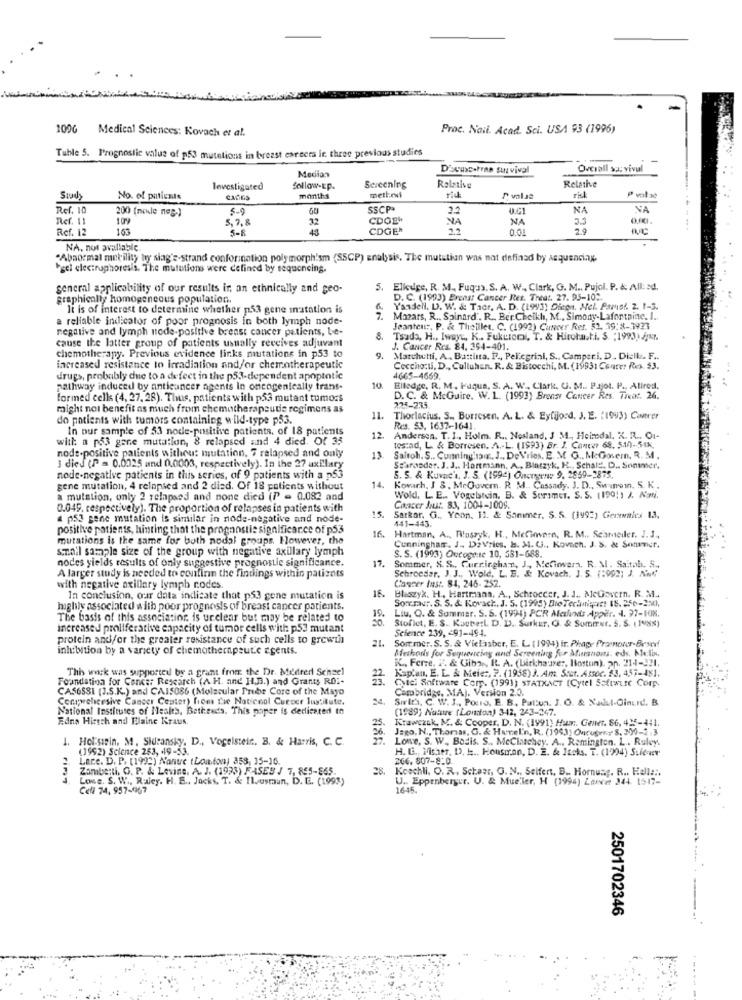
1096
Medical Sciences: Kovach et al.
Proc. Naii. Acad. Sci. USA 93 (1996)
Tuble 5. Prognostic value of p53 mutations in breast careers in three previous studies
Discussotras survival
Overall survival
i-
Median
Relative
Investigated
Sollow-Ep.
Screening
Relative
Study
No. of patients
months
P volat
ris
Ref. 10
200 (mode neg-)
5-9
SSCPª
0.CI
NA
NA
Ref. 11
109
5,7,8
32
CDOEW
NA
NA
3.3
Ref. 12
163
5-8
CDGER
0.01
2,9
NA, not available.
"Abaormal metility hry siag's-strand conformation polymorph'sm (SSCP) analysis. The mutation was not defined by sequencing
hgel electrophoresis. The mutations were defined by sequencing.
general applicability of our results in an ethnically and geo-
5. Elleuge, R. M ., Fuqua. S. A. W ., Clark, G. M .. Pujol. P. &; All: ad.
graphically homogeneous population.
D. C. (1993) Breast Cancer Res. Treat. 27. 95-10 :.
li is of interest to determine whether p53 gene mutation is
6.
Yandell. D. W. & Tadr, A. D. (1993) Dicen. Mel. Pamol. 2. 1-3.
a reliable indicator of poor prognosis in both lymph node-
7. Mazars, R ., Spinard". R ., Ber Cheikh, M ., Simony-Lafortaine. I ..
negative and lymph node-positive breast cancer patients, be-
Jeanten :, P. & Theillet. C. (1992) Cancer Ret. 52. 39:8-7923
cause the latter group of patients usually receives adjuvant
8. Tsada, H ., Iwayt, K .. Fukutool T. & Hirohast.i. S. ; 1993) Jar.
J. Cancer Res. 84, 354-401.
chemotherapy. Previous evidence links mutations in p53 to
9.
Matchutti, A. Battista. R ., Pelicgrini, S .. Camperi. D. Disk. F ..
increased resistance to irradiation and/or chemotherapeutic
Coccho:ui, D ., Culluhen. R. & Bistocchi, M. (19931 Courer Res. $3.
drugs, probably due to a defect in the p53-dependent apoptotic
4665-4669.
pathway induced by anticancer agents In oncogenically trans-
10
Elledge. R. M. Faqua, S. A. W ., Clark. U. M .. Pajot. P ., Atired.
formed cells (4, 27, 28). Thus, patients with p53 mutant tumors
D. C. & McGuire. W.1. (1993) Bronse Cancer Res. Treat. 26.
might not benefit as much from chemotherapeutie regimens as
225-235
do patients with tumors containing wild-type p53.
11.
Thorlacius. S ., Borresen. A. L. & Eyfijosd. J. E. (1993) Conrer
In our sample of 53 node-positive patients, of 18 patients
Res. 53, 1637-1641.
with a p53 gene mutation, 8 relapsed and 4 died. Of 35
12.
Andersen. T. I ., Holm. R ., Nosland, 3 34, Heimdal. X. R .. Ou-
node-positive patients witheu: mutation, 7 relapsed and only
testad, L. & Borresen. A .- L. (1993) Br. J. Conter 68. 510-548,
13
Saltoh. S .. Cumming'saux. J ., De Vries. E. M. G ., McGonem, R. M.
J died (P = 0,0025 and 0.0003, respectively). In the 27 axillary
Staraoder. J. J .. Hartmann, A ., Binczyk. K ., Schale, D .. Sonimer.
node-negative patients in this series, of 9 patients with a p53
5. S. & Kuvac'h, J. S. (1994) Ouceyeni: 9. 2869-2875.
gene mutation, 4 relapsed and 2 died. Of 18 patients without
14.
Kovach, J 3. MrGuvern. R. M .. Cassady. J. D ., Swinwin, S. K .
a mutation, only 2 relapsed and none died (P = 0.082 and
Wold, LE .. Vogelstein, B. & Sprimer. S. S. 1190!) J. Nati.
0.049, respectively). The proportion of relapses in patients with
15
Citacer Ans :. 83, 1004-1009.
4 p53 gene mutation Is similar in node-negative and node-
Sarkar. G ., Yeon. 11. & Sommer, S. S. (1992) Germenles 1.3.
141-443.
positive patients, hinting that the prognostis significance of p53
16.
mutations is the same for both nodal groups. However, the
small sample size of the group with negative axillary lymph
Cunningham. J ., DeVries. B. M. G ., Kovach. J. S. & Sommer.
S. S. (1993) Oucoge:se 10, 581-688.
nodes yields results of only suggestive prognostic significance.
17.
Sommer, S. S ., Curringhan, J ., Mefimvera. R. M. Saitab. S.
Schroeder. J. J ., Wold, L. B. & Kovach. J. S. (:992; J. And
A larger study is needed to confirm the findings within patients
with negative axillary lymph nodes.
Cancer fast. 84, 246- 252.
In conclusion, our data indicate that ps3 gene mutation is
16.
Bleszyx. H ., Hartmann, A ., Schroccer, J. J ., MeGovern. R. M ..
Sommer. S. S. & Kovach, J. 5. (1995) DieTechni :::: 18. 250-21,
highly associated with poor prognosis of breast cancer patients.
19.
Liu, Q. & Sommar. S. S. (1994) PCR Malants Apper. 4. 37-108.
The basis of this associating is urelear but may be related to
Stoflet, E. S. KacperL D. D. Surkur, O. & Sumirut. S. S. (198S)
increased proliferative capacity of tumor cells with p53 mutant
Science 239, 491-494.
protein and/or the greater resistance of such cells to growth
21.
Sommer. S. S. & Vielasber, E. L. ( 1994) ir. Phap Pranour-Besedf
inhibition by a variety of chemotherapeut.e agents.
Methods for Sequencing and Screening for Annons, eds. he:lin.
K ., Ferre, FF. & Giby ., IL. A. (Birkha urer, Hostun), an. 214-321.
This wack was supported by a grant from the Dr. Medred Schsel
Kap'un, E. L. & Meie :, 7. (1938) J. Am. Scot. Assoc. 83. 457-481.
Foundation for Cancer Research (A.H. and HL.B.) and Grants ROI-
22.
CASOSSI (J.S.K.) and CAJ5086 (Molecular Prude Core of the Mayo
Cambridge, MA). Version 2.3.
Cyte Software Corp. (1991) STATXACT (Cytel Software Corp.
Conwehcesive Cancer Center) from the Natienol Cuener Institute.
24.
Sirit's, C. W. J ., Pourd, E. B. Pattun, J. O. & Nadul-Ginurd. B.
National Institutes of Health, Bethesda. This paper is dedicated to
(1989) Nature (London) 342, 2/3-247.
Edna Hirsch and Elaine Kraus.
25.
Krawczak, M. & Cooper, D. N. (1991) Hur :. Gener. 86, 425-441.
Jago, N ., Thomas, G. & Hurel'n, R. (1993) Oucusenr 8. 30-2 . 3
1. Holstein. M. Sideansky. D ., Vogelstein. B. & Harris, C. C.
Lowe, S. W. Bodis. S .. McClanchey. A ., Remington. L .. Ruley.
(1992) Science 253, 49-53.
H. G ., Fisher, D. H ., Housiran, D. E. & Itcks. T. (1994) Sulever
Lace. D. P. (1993) Nonue (London) 353, 15-16.
266. 807-8:0.
Zambe;ti, G. P. & Levine, A. J. (1993) FASES / 7, 855-865.
28.
Koechli. O. R. Schaar, G. N ., Seifert, B .. Hornung. R .. Hell ::.
Lone. S. W ., Raley. H. E ., Jacks. T. & Ilvosman, D. E. (1993)
U .. Eppenberger. U. & Mueller, H (1994) Lancer 344. 15-17-
Cell 74, 957-967
1645.
2501702346